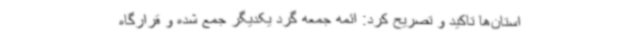
استان‌ها تاکید و تصریح کرد: ائمه جمعه گرد یکدیگر جمع شده و قرارگاه